Leaving Certificate Examination (including Day School Certificate (Higher) General paper), 1928
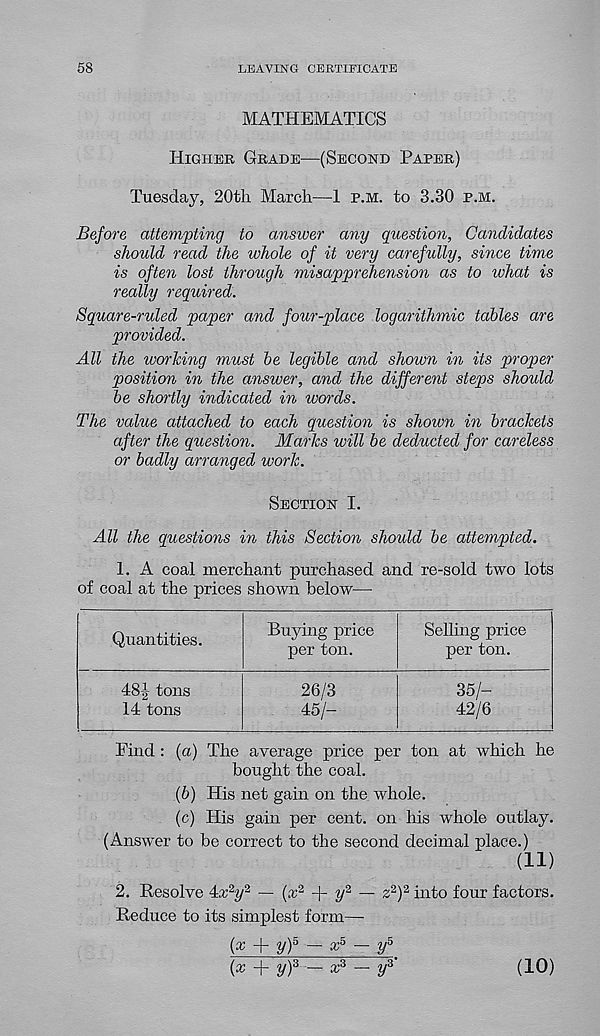
58
LEAVING CEBTIEICATE
MATHEMATICS
Higher Grade—(Second Paper)
Tuesday, 20tli March—1 p.m. to 3.30 p.m.
Before attempting to answer any question, Candidates
should read the ivhole of it very carefully, since time
is often lost through misapprehension as to what is
really required.
Square-ruled paper and four-place logarithmic tables are
provided.
All the working must be legible and shown in its proper
position in the answer, and the different steps should
be shortly indicated in words.
The value attached to each question is shown in brackets
after the question. Marks will be deducted for careless
or badly arranged work.
Section I.
All the questions in this Section should be attempted.
1. A coal merchant purchased and re-sold two lots
of coal at the prices shown below—
Selling price
per ton.
48-|- tons
14 tons
Find : (a) The average price per ton at which he
bought the coal.
(6) His net gain on the whole.
(c) His gain per cent, on his whole outlay.
(Answer to be correct to the second decimal place.)
(ID
2. Resolve 4x ,2 y 2 — (a; 2 + y 2 — z 2 ) 2 into four factors.
Reduce to its simplest form—-
(x + y) h — x 5 — y 5
{x + y) 3 — x 3 — y 3 '
26/3
45/-
35/-
42/6
Quantities.
Buying price
per ton.
(10)